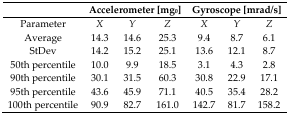
|  | <COLSPAN=3> Accelerometer [mg0] | <COLSPAN=3> Gyroscope [mrad/s] |
 | --- | --- | --- | --- | --- | --- | --- |
 | Parameter | X | Y | Z | X | Y | Z |
 | Average | 14.3 | 14.6 | 25.3 | 9.4 | 8.7 | 6.1 |
 | StDev | 14.2 | 15.2 | 25.1 | 13.6 | 12.1 | 8.7 |
 | 50th percentile | 10.0 | 9.9 | 18.5 | 3.1 | 4.3 | 2.8 |
 | 90th percentile | 30.1 | 31.5 | 60.3 | 30.8 | 22.9 | 17.1 |
 | 95th percentile | 43.6 | 45.9 | 71.1 | 40.5 | 35.4 | 28.2 |
 | 100th percentile | 90.9 | 82.7 | 161.0 | 142.7 | 81.7 | 158.2 |